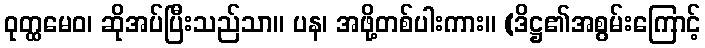
ဝုတ္ထမေဝ၊ ဆိုအပ်ပြီးသည်သာ။ ပန၊ အဖို့တစ်ပါးကား။ (ဒိဋ္ဌ၏အစွမ်းကြောင့်